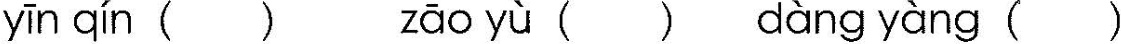
()yīn qín () zāo yù () dàng yàng ()